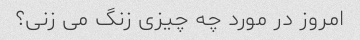
امروز در مورد چه چیزی زنگ می زنی؟